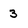
Character: 3